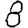
Digit: 8